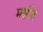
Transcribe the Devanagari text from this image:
मसीद